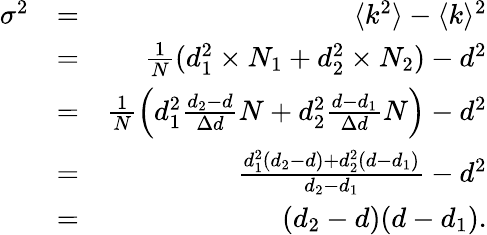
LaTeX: \begin{array}{rlr}{\sigma^{2}}&{=}&{\langle k^{2}\rangle-\langle k\rangle^{2}}\\ &{=}&{\frac{1}{N}(d_{1}^{2}\times N_{1}+d_{2}^{2}\times N_{2})-d^{2}}\\ &{=}&{\frac{1}{N}\left(d_{1}^{2}\frac{d_{2}-d}{\Delta d}N+d_{2}^{2}\frac{d-d_{1}}{\Delta d}N\right)-d^{2}}\\ &{=}&{\frac{d_{1}^{2}(d_{2}-d)+d_{2}^{2}(d-d_{1})}{d_{2}-d_{1}}-d^{2}}\\ &{=}&{(d_{2}-d)(d-d_{1}).}\end{array}